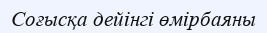
Соғысқа дейінгі өмірбаяны